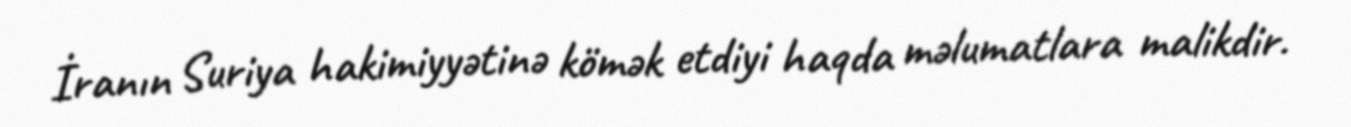
İranın Suriya hakimiyyətinə kömək etdiyi haqda məlumatlara malikdir.